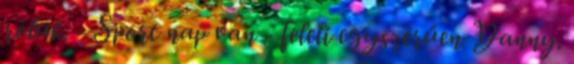
róluk. - Sport nap van - feleli egyszerűen Danny.